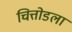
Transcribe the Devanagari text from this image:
चित्तोडला